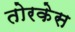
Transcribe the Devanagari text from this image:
तोरकेस